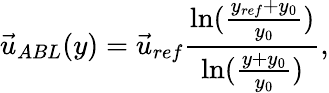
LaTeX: \vec{u}_{ABL}(y)=\vec{u}_{ref}\frac{\ln(\frac{y_{ref}+y_{0}}{y_{0}})}{\ln(\frac{y+y_{0}}{y_{0}})},